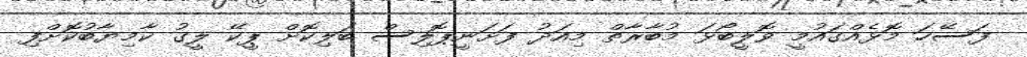
ފަސޭހަ މޮޅެއްގައުމީ ވޮލީބޯޅަ މުބާރާތް މިއަދު ފަށަނީޕޮލިސް ބަލިކޮށް ޕީކޭ ލީގު ކާމިޔާބުކޮށްފި